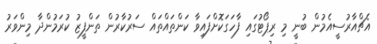
އެޗްއާރުސީއެމުން ބުނީ މި ރިޕޯޓުގައި ފާހަގަކޮށްފައިވާ ކަންތައްތައް ސަރުކާރުން ތަންފީޒު ކުރަމުންދާ މިންވަރު